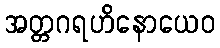
အတ္တဂရဟိနောယေဝ